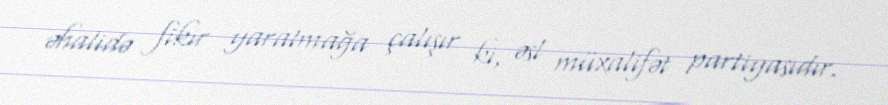
əhalidə fikir yaratmağa çalışır ki, əsl müxalifət partiyasıdır.